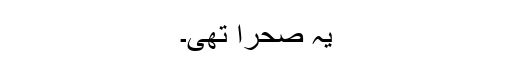
یہ صحرا تھی۔